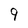
Character: 9